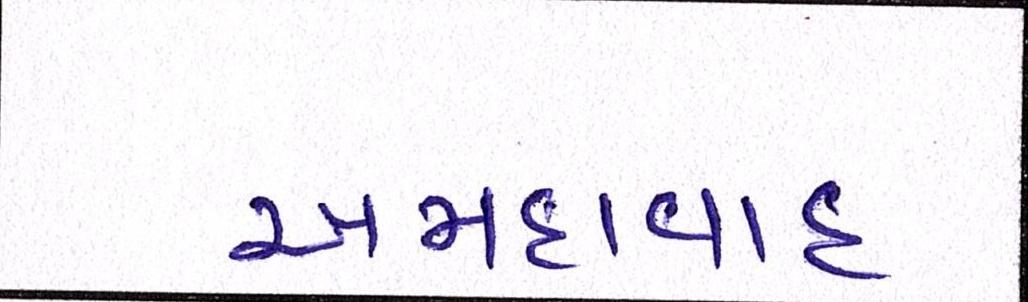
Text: અમદાવાદઃ